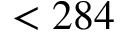
< 2 8 4